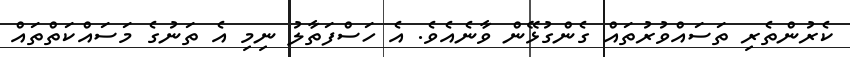
ކެރުންތެރި ތަސައްވުރުތައް ގެންގުޅޭން ވާނެއެވެ. އެ ހަސްފަތާލު ނިމި އެ ތަނުގެ މަސައްކަތްތައް